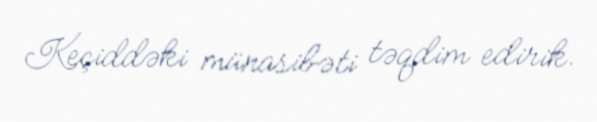
Keçiddəki münasibəti təqdim edirik.